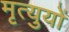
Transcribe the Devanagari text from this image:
मृत्युयों